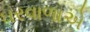
ઘરવાળાએ